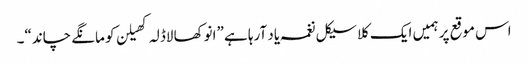
اس موقع پر ہمیں ایک کلاسیکل نغمہ یاد آرہا ہے ”انوکھا لاڈلہ کھیلن کو مانگے چاند“۔